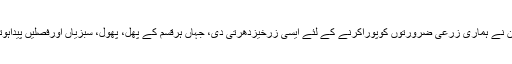
پاکستان نے ہماری زرعی ضرورتوں کوپوراکرنے کے لئے ایسی زرخیزدھرتی دی، جہاں ہرقسم کے پھل، پھول، سبزیاں اورفصلیں پیداہوتی ہیں۔